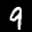
Label: 9